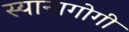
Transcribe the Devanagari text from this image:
स्यानागोगी